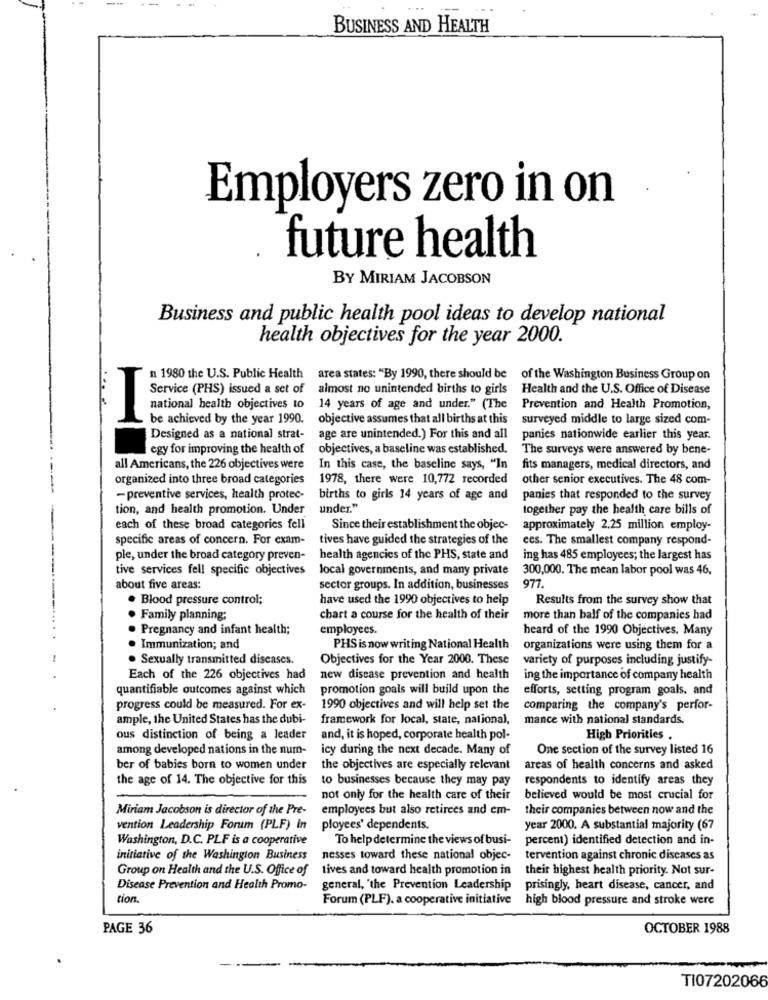
BUSINESS AND HEALTH
Employers zero in on
future health
BY MIRIAM JACOBSON
Business and public health pool ideas to develop national
health objectives for the year 2000.
n 1980 the U.S. Public Health
area states: "By 1990, there should be of the Washington Business Group on
Service (PHS) issued a set of
almost no unintended births to girls Health and the U.S. Office of Disease
national health objectives to
14 years of age and under." (The
Prevention and Health Promotion,
be achieved by the year 1990.
objective assumes that all births at this
surveyed middle to large sized com-
Designed as a national strat-
age are unintended.) For this and all
panies nationwide earlier this year.
egy for improving the health of
objectives, a baseline was established.
The surveys were answered by bene-
all Americans, the 226 objectives were
In this case, the baseline says, "In
fits managers, medical directors, and
organized into three broad categories
1978, there were 10,772 recorded
other senior executives. The 48 com-
- preventive services, health protec-
births to girls 14 years of age and
panies that responded to the survey
tion, and health promotion. Under
under."
together pay the health care bills of
each of these broad categories fell
Since their establishment the objec-
approximately 2.25 million employ-
specific areas of concern. For exam-
tives have guided the strategies of the
ces. The smallest company respond-
ple, under the broad category preven-
health agencies of the PHS, state and
ing has 485 employees; the largest has
tive services fell specific objectives
local governments, and many private
300,000. The mean labor pool was 46,
977
about five areas:
sector groups. In addition, businesses
· Blood pressure control;
have used the 1990 objectives to help
Results from the survey show that
· Family planning;
chart a course for the health of their
more than half of the companies had
· Pregnancy and infant health;
employees.
heard of the 1990 Objectives. Many
. Immunization; and
PHS is now writing National Health
organizations were using them for a
. Sexually transmitted diseases.
Objectives for the Year 2000. These
variety of purposes including justify-
Each of the 226 objectives had
new disease prevention and health
ing the importance of company health
quantifiable outcomes against which
promotion goals will build upon the
efforts, setting program goals, and
progress could be measured. For ex-
1990 objectives and will help set the
comparing the company's perfor-
ample, the United States has the dubi-
framework for local, state, national,
mance with national standards.
ous distinction of being a leader
and, it is hoped, corporate health pol-
High Priorities .
among developed nations in the num-
icy during the next decade. Many of
One section of the survey listed 16
ber of babies born to women under
the objectives are especially relevant
areas of health concerns and asked
the age of 14. The objective for this
to businesses because they may pay
respondents to identify areas they
not only for the health care of their
believed would be most crucial for
Miriam Jacobson is director of the Pre-
employees but also retirees and em-
their companies between now and the
vention Leadership Forum (PLF) in
ployees' dependents.
year 2000. A substantial majority (67
Washington, D.C. PLF is a cooperative
To help determine the views of busi-
percent) identified detection and in-
initiative of the Washington Business
nesses toward these national objec-
tervention against chronic diseases as
Group on Health and the U.S. Office of
tives and toward health promotion in
their highest health priority. Not sur-
Disease Prevention and Health Promo-
general, "the Prevention Leadership
prisingly, heart disease, cancer, and
tion
Forum (PLF). a cooperative initiative
high blood pressure and stroke were
PAGE 36
OCTOBER 1988
TI07202066